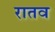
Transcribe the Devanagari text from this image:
रातव